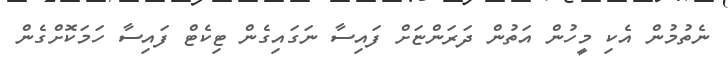
ނެތުމުން އެކި މީހުން އަތުން ދަރަންޏަށް ފައިސާ ނަގައިގެން ޓިކެޓް ފައިސާ ހަމަކޮށްގެން